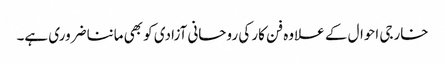
خارجی احوال کے علاوہ فن کار کی روحانی آزادی کو بھی ماننا ضروری ہے۔